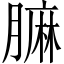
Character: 𦟟